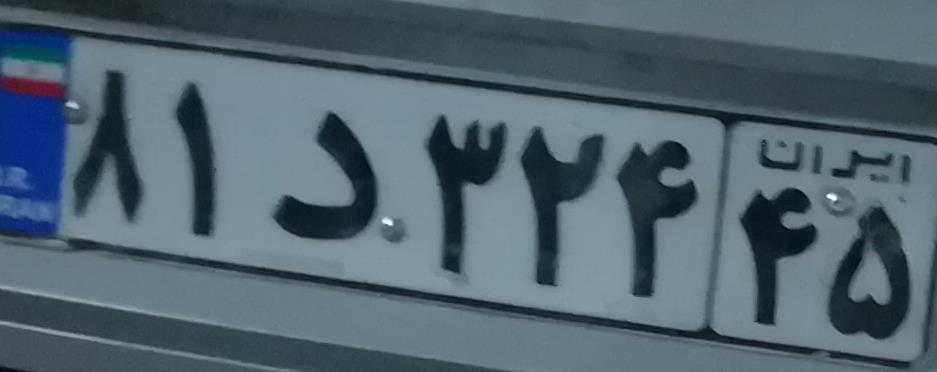
۸۱د۳۲۴۴۵